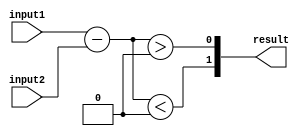
module inequality_comparator(
    input [7:0] input1,
    input [7:0] input2,
    output [1:0] result
);

// Declare internal signals
wire [7:0] difference;
wire greater_than, equal, less_than;

// Arithmetic blocks
assign difference = input1 - input2;
assign greater_than = (difference > 0);
assign equal = (difference == 0);
assign less_than = (difference < 0);

// Output logic gates
assign result[0] = greater_than;
assign result[1] = less_than;

endmodule